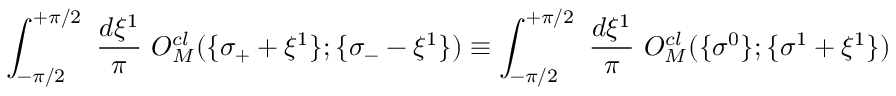
\int _ { - \pi / 2 } ^ { + \pi / 2 } ~ \frac { d \xi ^ { 1 } } { \pi } ~ O _ { M } ^ { c l } ( \{ \sigma _ { + } + \xi ^ { 1 } \} ; \{ \sigma _ { - } - \xi ^ { 1 } \} ) \equiv \int _ { - \pi / 2 } ^ { + \pi / 2 } ~ \frac { d \xi ^ { 1 } } { \pi } ~ O _ { M } ^ { c l } ( \{ \sigma ^ { 0 } \} ; \{ \sigma ^ { 1 } + \xi ^ { 1 } \} )